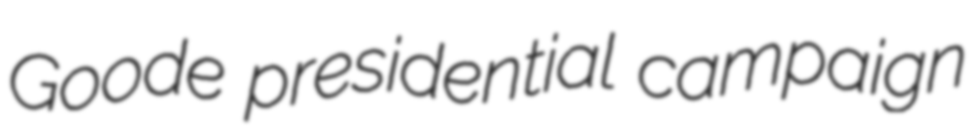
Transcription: Goode presidential campaign